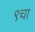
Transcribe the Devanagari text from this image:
९चा